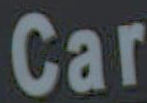
Car